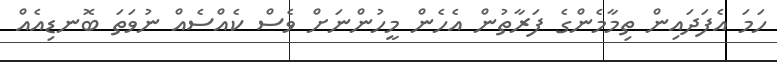
ހަމަ އެފަދައިން ތިމާމެންގެ ފަރާތުން އެހެން މީހުންނަށް ވެސް ކެއްސެއް ނުވަތަ ބޮނޑިއެއް